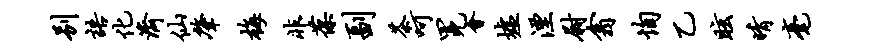
别语化济仙肇梅非葆副茶呵冕会墟湮尉翕恂乙眩晴毫